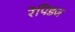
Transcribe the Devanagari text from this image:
रेपिडज